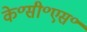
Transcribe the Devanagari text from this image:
के॰सी॰एस॰